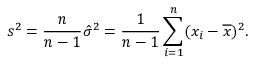
s ^ { 2 } = { \frac { n } { n - 1 } } { \hat { \sigma } } ^ { 2 } = { \frac { 1 } { n - 1 } } \sum _ { i = 1 } ^ { n } ( x _ { i } - { \overline { { x } } } ) ^ { 2 } .